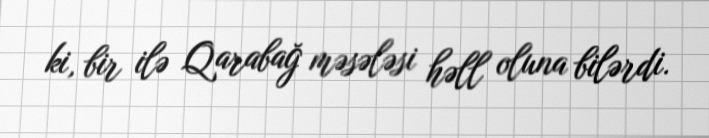
ki, bir ilə Qarabağ məsələsi həll oluna bilərdi.